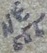
Text: NE555